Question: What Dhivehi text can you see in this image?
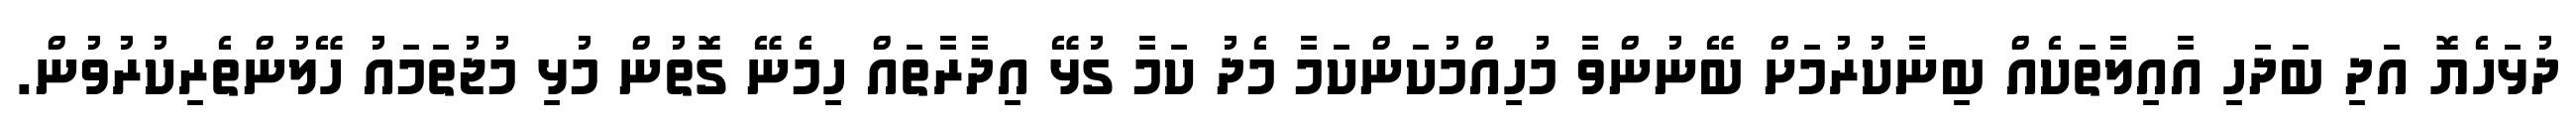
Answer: ދުޅަހެޔޮ އަދި ބަދަހި އާއިލާތަކެއް ބިނާކުރުމަށް ބޭނުންވާ މުހިއްމުކަންކަމާ މެދު ކަމާ ގުޅޭ އިދާރާތައް ހިމެނޭ ގޮތުން މުޅި މުޖުތަމައު ހޭލުންތެރިކުރުވުން.